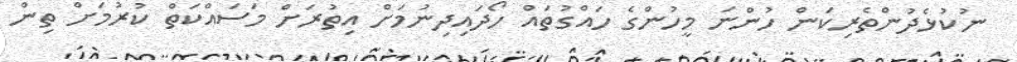
ނުކުޅެދުންތެރިކަން ހުންނަ މީހުންގެ ހައްގުތައް ހޯދައިދިނުމަށް އިތުރަށް މަސައްކަތް ކުރުމަށް ތިން